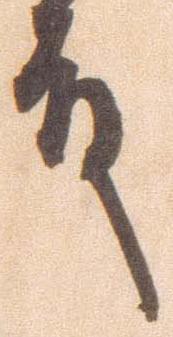
殿